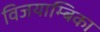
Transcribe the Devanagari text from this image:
विजयाम्बिका